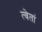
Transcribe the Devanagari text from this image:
त्वेतां